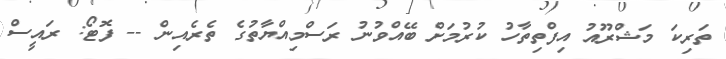
ތަރިކަ މަޝްރޫއު އިފްތިތާހު ކުރުމަށް ބޭއްވުނު ރަސްމިއްޔާތުގެ ތެރެއިން -- ފޮޓޯ: ރައީސް